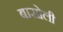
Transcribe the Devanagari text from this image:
बासोली